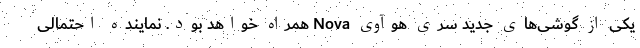
یکی از گوشی‌های جدید سری هوآوی Nova همراه خواهد بود. نماینده احتمالی